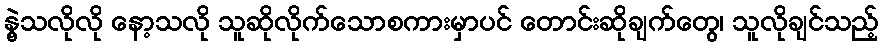
နွဲ့သလိုလို နော့သလို သူဆိုလိုက်သောစကားမှာပင် တောင်းဆိုချက်တွေ၊ သူလိုချင်သည့်